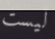
ليست